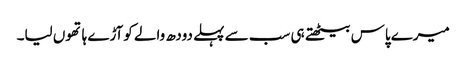
میرے پاس بیٹھتے ہی سب سے پہلے دودھ والے کوآڑے ہاتھوں لیا۔